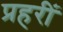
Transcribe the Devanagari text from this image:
प्रहरीं